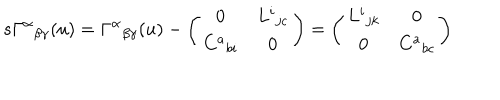
LaTeX: s \Gamma ^ { \alpha } { } _ { \beta \gamma } ( u ) = \Gamma ^ { \alpha } { } _ { \beta \gamma } ( u ) - \left( \begin{array} { c c } { { 0 } } & { { L ^ { i } { } _ { j c } } } \\ { { C ^ { a } { } _ { b i } } } & { { 0 } } \\ \end{array} \right) = \left( \begin{array} { c c } { { L ^ { i } { } _ { j k } } } & { { 0 } } \\ { { 0 } } & { { C ^ { a } { } _ { b c } } } \\ \end{array} \right)